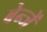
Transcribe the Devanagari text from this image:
बेन्जें